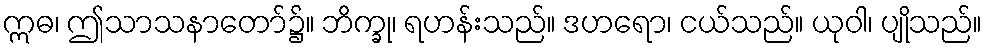
ဣဓ၊ ဤသာသနာတော်၌။ ဘိက္ခု၊ ရဟန်းသည်။ ဒဟရော၊ ငယ်သည်။ ယုဝါ၊ ပျိုသည်။